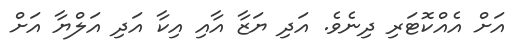
އަށް އެއްކޮޓަރި ދިނެވެ. އަދި ޔަޒާ އާއި އިކާ އަދި އަލްޔާ އަށް